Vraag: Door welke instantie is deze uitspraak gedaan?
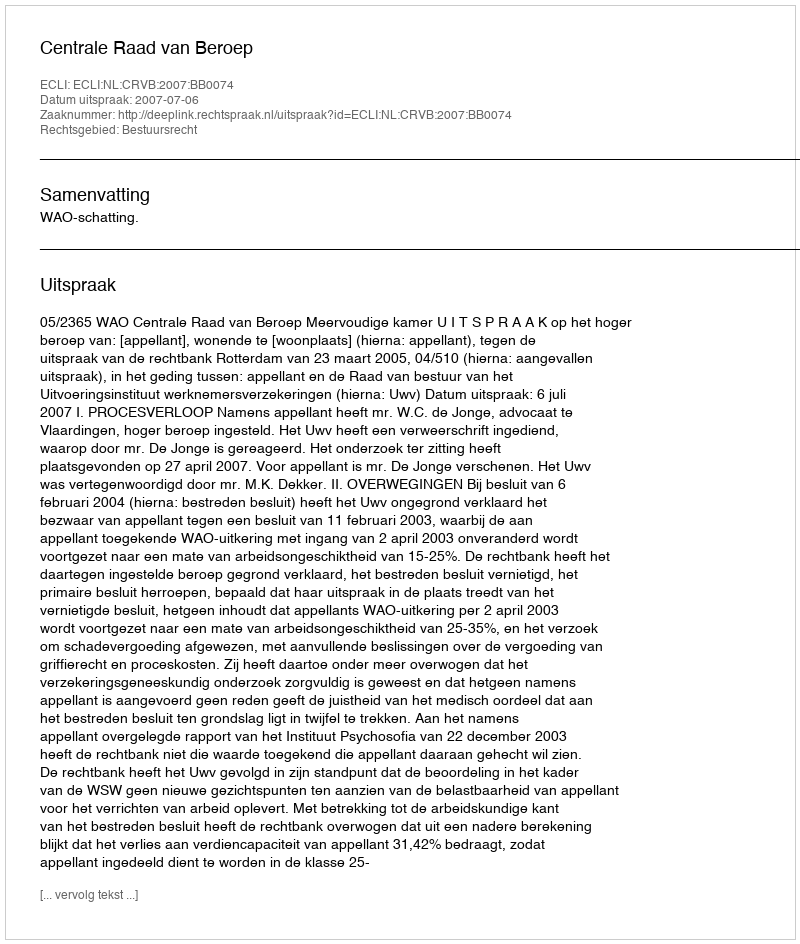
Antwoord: Centrale Raad van Beroep